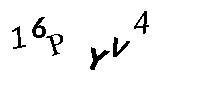
16PYV4